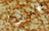
عندما